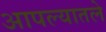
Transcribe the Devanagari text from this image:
आपल्यातले